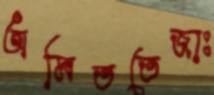
অমিততেজাঃ